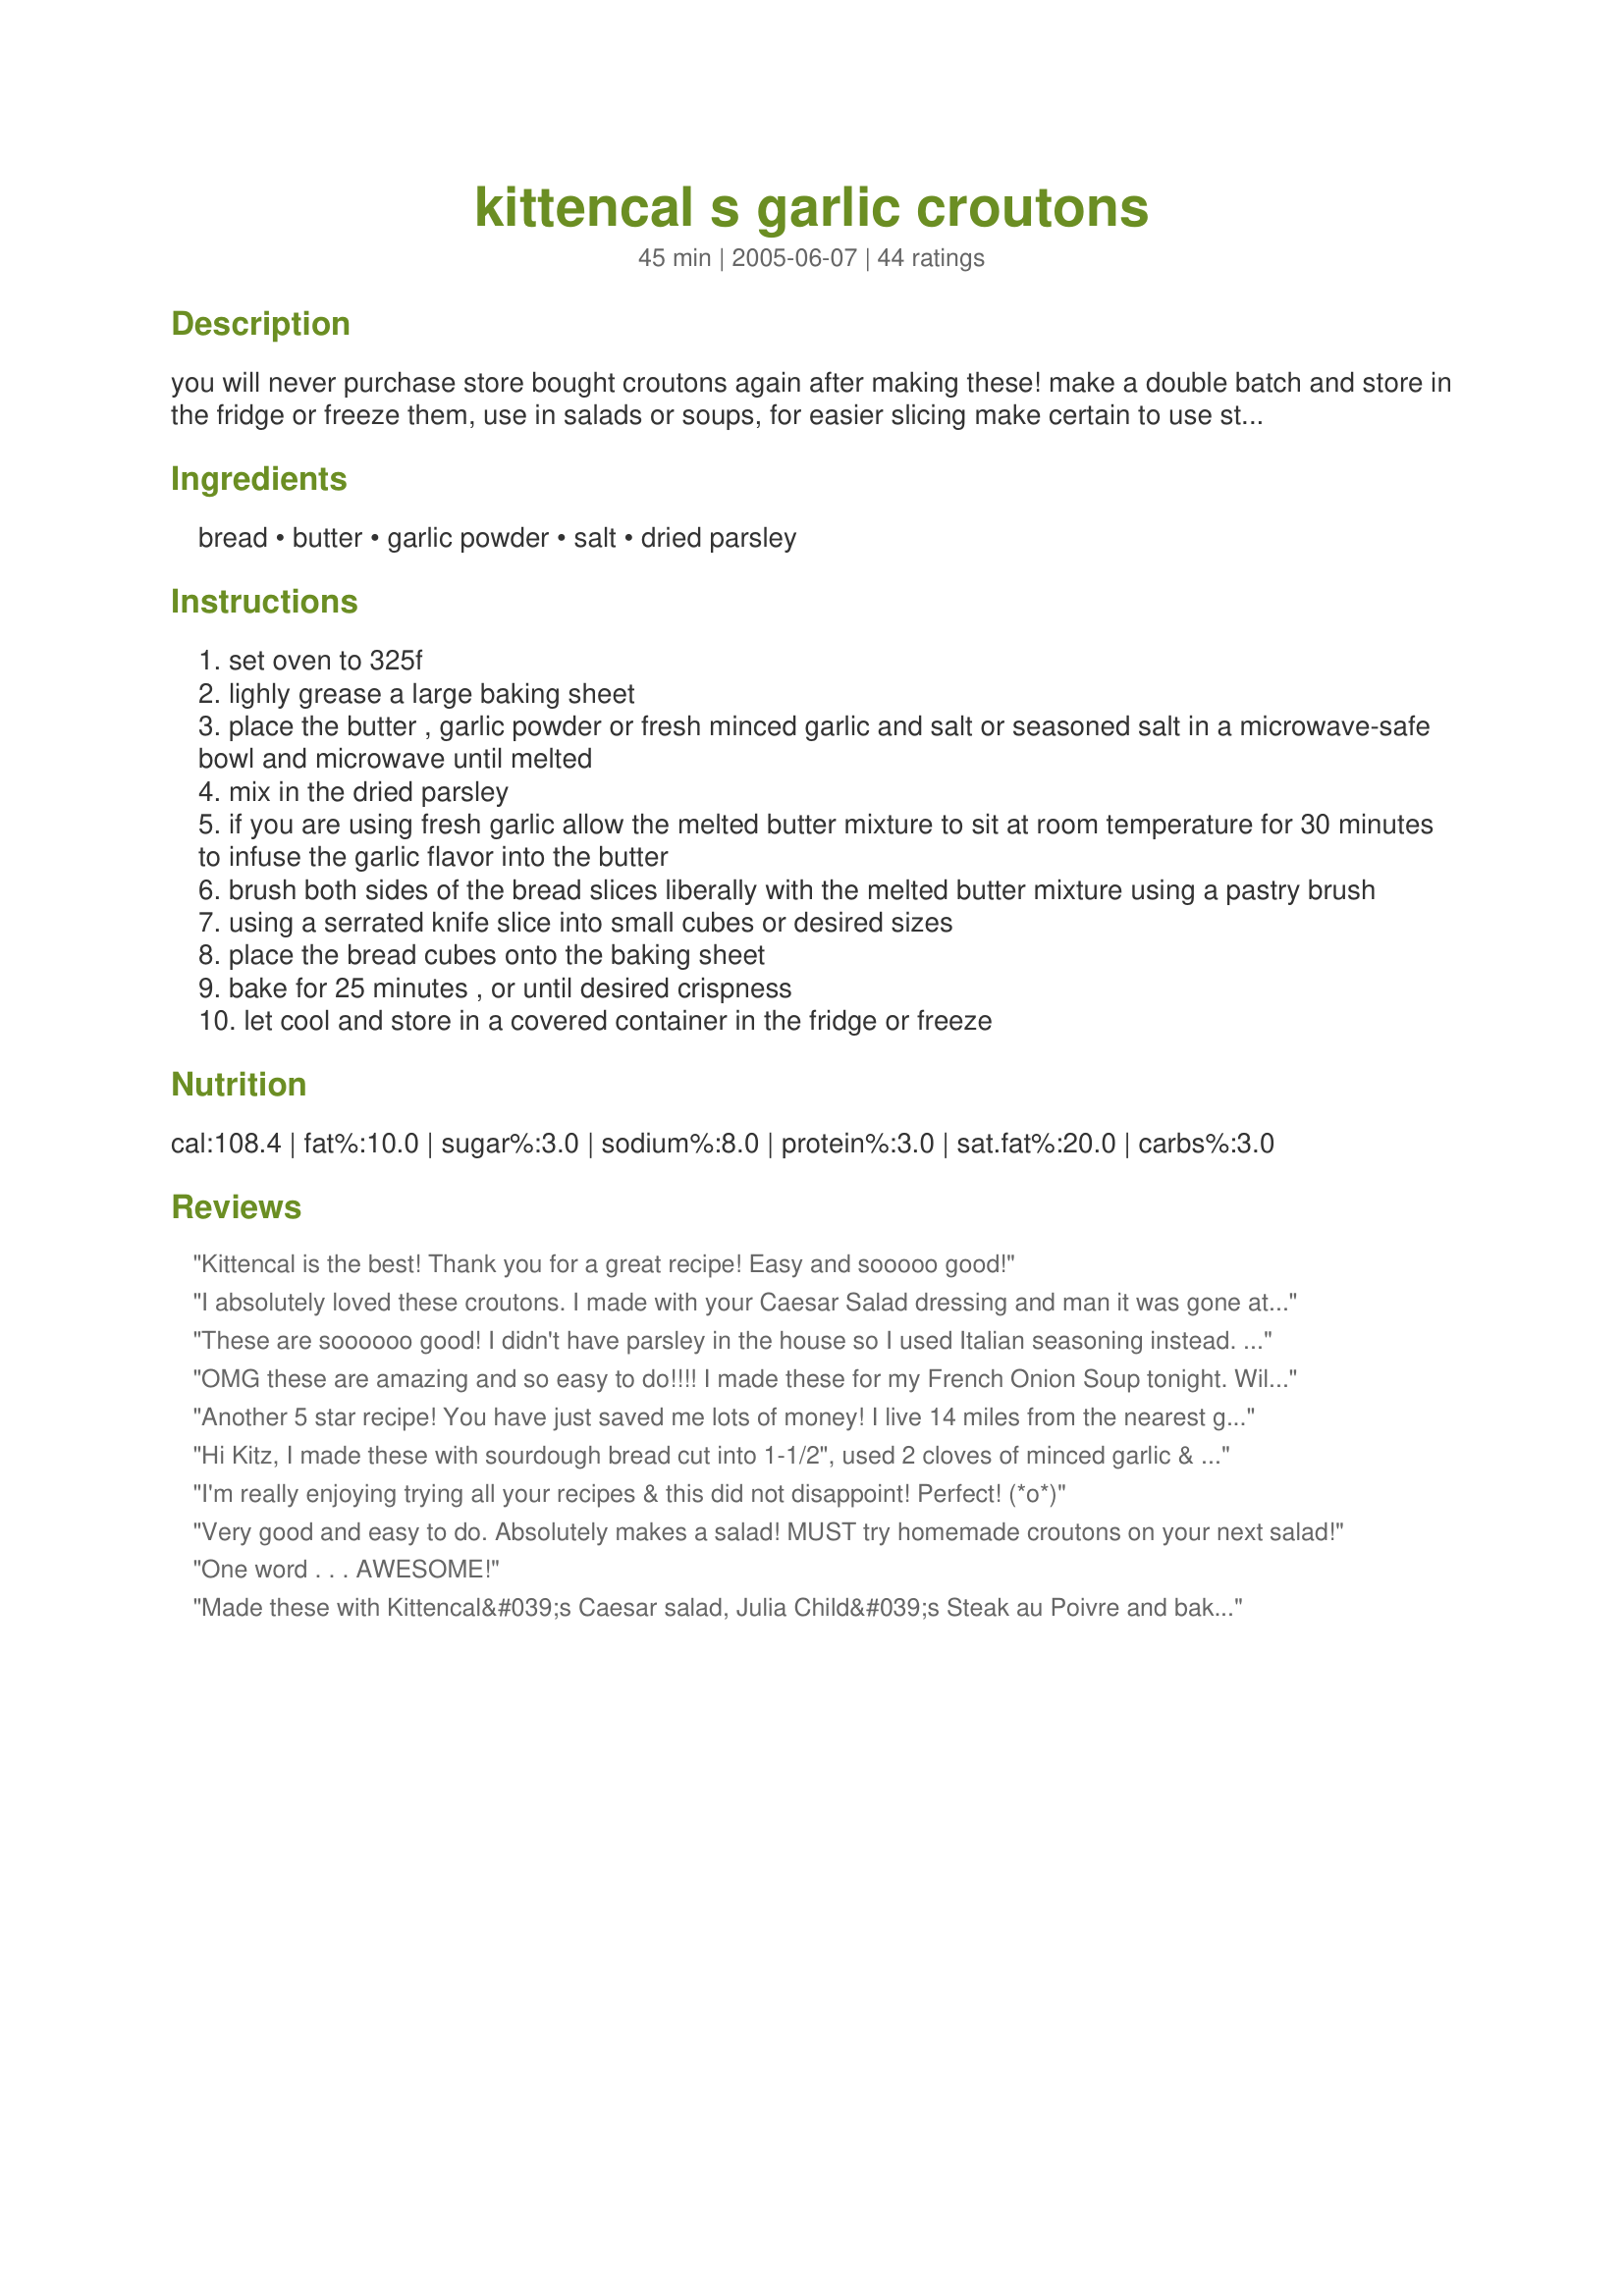
kittencal s garlic croutons
Preparation time: 45 minutes

you will never purchase store bought croutons again after making these! make a double batch and store in the fridge or freeze them, use in salads or soups, for easier slicing make certain to use stale bread, or place your bread in the fridge overnight, for extreme garlic flavor use fresh finely minced garlic and increase to 2 tablespoons, to infuse the flavor into the butter allow the melted butter/garlic mixture to sit for 30 minutes or more at room temperature before brushing on the bread

Ingredients:
bread, butter, garlic powder, salt, dried parsley

Steps:
set oven to 325f
lighly grease a large baking sheet
place the butter , garlic powder or fresh minced garlic and salt or seasoned salt in a microwave-safe bowl and microwave until melted
mix in the dried parsley
if you are using fresh garlic allow the melted butter mixture to sit at room temperature for 30 minutes to infuse the garlic flavor into the butter
brush both sides of the bread slices liberally with the melted butter mixture using a pastry brush
using a serrated knife slice into small cubes or desired sizes
place the bread cubes onto the baking sheet
bake for 25 minutes , or until desired crispness
let cool and store in a covered container in the fridge or freeze

Reviews:
Kittencal is the best! Thank you for a great recipe! Easy and sooooo good!
I absolutely loved these croutons. I made with your Caesar Salad dressing and man it was gone at the party I brought it to. Thanks again for another delish recipe.
These are soooooo good! I didn't have parsley in the house so I used Italian seasoning instead. This was a great way to use up old bread - why waste it when you can turn it into something great. I used Panera's tomato bread which really added to the flavor. Thanks again Kittencal for another great recipe!
OMG these are amazing and so easy to do!!!! I made these for my French Onion Soup tonight. Will be making these again and again. Thanks
Another 5 star recipe! You have just saved me lots of money! I live 14 miles from the nearest grocery so I always buy hamburger and hotdog buns, loaf bread and specialty breads every week or two. Sometime we use them and sometime we don't.....they just mold or dry out and are tossed. I now use your wonderful recipe to make my own croutons! Thanks!!!
Hi Kitz, I made these with sourdough bread cut into 1-1/2", used 2 cloves of minced garlic & fresh parsley ~ had them on hand, so I used them. However, I also added Parmesan cheese to 1/2, and the other half, no cheese. They, as usual with all of your recipes hit the spot! They were so good, that when I finished with one batch, I started making more, they were all eaten up. You'd think that the employees around here, never eat! I serve these in soup, salads, and to munch on, as a side. Thanks Carol for posting this, see you around, Diane :)
I'm really enjoying trying all your recipes & this did not disappoint! Perfect! (*o*)
Very good and easy to do. Absolutely makes a salad! MUST try homemade croutons on your next salad!
One word . . . AWESOME!
Made these with Kittencal&#039;s Caesar salad, Julia Child&#039;s Steak au Poivre and baked potatoes. &lt;br/&gt;Unbelievably easy to make and so yummy!&lt;br/&gt;Update:&lt;br/&gt;I have been using this recipe to make homemade garlic bread to accompany lasagne or pasta by brushing the butter mixture onto bread and baking as instructed. So much better than the frozen, store-bought variety. To gild the lily add mozzarella, parmesan, &amp;/or provolone.
Turned out good. There are easier ways to make crutons though, that give just as much flavor.
You are the recipe Diva! Made the croutons with the rest of a loaf of # 333128 Flax and sunflower bread. To retain the healthy benefits spritz with olive oil, sprinkled on some Italian herb blend. Baked at 350 for about half the time listed and perfecto. Great on salad or soup.
You are so correct - I will never buy croutons again after making these! I did alter the procedure, oh so slightly, and they turned out great. I used thick-sliced bread (Texas toast) with crusts removed, and cut into 1-inch cubes. Melted the butter, garlic powder, and salt in a 12-inch skillet and quickly tossed the bread cubes to coat. Added the parsley flakes, and placed on baking sheet. Stirring once half-way through baking, and they were awesome!
I was just about to buy some croutons for a Cesar Salad and then thought better of it. I used some bread that was a couple of days old and made these instead. Yummo! These are better than anything I could have purchased and so easy! Thanks, Kittencal, for another fantastic and simple recipe!!
This was so good and easy. Thanks Kittencal for another awesome recipe.
Delicious croutons! I made these as directed except that I had about a tablespoon of parmesan left in the refer and added that as well. Very simple and tasty. Thanks Kitten for another winner. Made for Cookbook Tag.
AWESOME!! The amount of butter called for in the recipe, brushed 9-10 slices of bread. (I think I was too generous with my brushing at first!) I added finely chopped fresh rosemary, no parsley, freshly ground black pepper, fresh thyme and garlic (about 4 or 5 cloves) and let sit for the suggested 30 minutes. Had to almost slap my grandkids hands to have enough for your (also awesome) tomato soup! I think real butter is the key to this! Thanks so much for posting!! It will be used over and over again!
Awesome recipe! I used hot dog buns and they turned out great! I actually had to cook them a bit longer using the buns. Also, instead of garlic powder, I used granulated garlic...it was all I had. Delicious! Thanks!
Easy and versatile. I've found 25 minutes to be to long, but I may be cutting my cubes smaller. I've used this several times now and it really comes in handy.
Kitten, these were awesome! I used some left over Challah from my bread machine and just loved these! I'll never have bread being thrown away again!
These were an integral part of recipe #166669 with the dressing from recipe #116849. The entire collection was a colossal hit for Mother's Day. HIGHLY recommended.
These were great. I made them to go with "recipe#116849". My husband and I both agree that this was the best Caesar Salad we've ever had. We used a whole wheat bread that was a new loaf and these turned out fantastic.
So good! So crunchy, with so much flavor!
These were really great. The whole house had the aroma of garlic bread. I will however make them smaller next time as they were quite chewy and not crisp and crunchy which I was after. I served them with my minted lamb chops (recipe #201433) instead of my normal crusty rolls for soaking up the sauce. Didn't get any into the freezer but will be making again ready for our winter soups.
Great croutons! I have never made croutons before but they were really easy to prepare. I followed the directions using fresh garlic. I will definitely make these again. Thank you Kittencal for a great recipe!
Oh how yummy. Made to use in a Caesar salad. Tasted one and it will be hard to stay away and not snack on them.
So simple and easy to make such fresh-tasting croutons. We never use the store-bought variety as they are just too hard. These were crunchy and flavourful, my husband ate many right out of the oven. Perfect companion to your Cesar salad recipe. Thanks for sharing another winner Kittencal!
A good tasting recipe, but I think the cooking temp is too high. My croutons got too brown for the temp and time recommended. I watched them and did stir them occasionally - even turned the temp down to 250 for the last 15 minutes, but they were too brown already by that time. I will make them again, but lower temp to 250 and just bake them longer if needed.
Absolutely wonderful! I used leftover homemade bread and used the "toss" method rather than the pastry brush and they were phenomenal. So easy, and you're right - I'll never buy those hard, store-bought things again!
Great recipe! I used the only bread I had - whole wheat loaf slices. Doubled the amount of fresh garlic too. Delicious!
In spite of all of my mistakes, these turned out insanely good! I used 1/2 of a loaf of rustic sour dough bread that was 4 days old. I used my electric knife and cut them into about 1 inch cubes. I got happy with my knife and cut them into the cubes before brushing on the melted seasoned butter. So, I put them into a large bowl and poured small amounts over the cubes while tossing them and used some of the butter to coat my pan. I also forgot to add the parsley flakes to the melted butter, so I sprinkled that over, along with some coarse ground black pepper. I used 4 cloves of garlic grated with a rasp and Johnny's seasoning salt. I baked them in my roasting pan at 300 F. for about 40 minutes and flipped them in the pan every 15 minuets. (the dog was waiting, but only got 2) They turned out perfect!! So flavorful and crunchy. I will never buy another store bought crouton which are coated with things I cannot even pronounce. Thanks KItten!!
We enjoyed these croutons very much! I prepared them slightly differently than the directions. I melted the butter in a large skillet, adding the spices and parsley. I added the pre-cut bread cubes to the skillet, tossing until coated - spreading onto a large jellyroll pan to bake. Thank you, Kitten!
These croutons are absolutely wonderful! They barely made it onto the Caesar salad, my whole family descended on them like vultures and ate them straight out of the pan (I'll admit, I was right alongside them!). I used fresh garlic, and skipped the parsley, as I used some homemade rosemary salt that was very flavorful. Thank you so much for a total party-in-your-mouth recipe, I'm off to go make them again for a dinner tonight!
Oh my God, these were out of these world. Absolutely divine. I used fresh minced garlic & fresh parsely instead of what the recipe calls for. I will be making these again.
I had some leftover Italian bread from eating out at a restaurant. I didn't want to waste that good bread. These croutons turned out great. I used minced garlic and garlic powder.
Absolutely delicious. I don't normally eat croutons at all but these are different because they are not extremely hard like most of them. I used the seasoning salt and some dried parsley. I kept the crust on a few slices to vary the colour. So yummy tasting and excellent with a few on top of soup. Nice that they could be frozen and taken out as needed. Your right Kitten they have to be watched in the oven, they do cook quickly. Thanks Kitten for sharing your recipe.
Great croutons! I scaled the recipe down and used some stale hot dog buns, fresh garlic and left out the parsley. Stored the rest in the fridge. Thanks for posting!
I will definitely never be buying store-bought croutons again - these are way too good! I ate about half the batch just snacking on them, before I ever got around to putting them on a salad or anything. :D A delicious alternative to chips. I cubed the bread first and then tossed them with melted butter, garlic powder, and some Mrs Dash for a little extra zest. They were amazing!
I'm never buying croutons again. Thank you!!
SO amazing. I used fresh garlic and let it sit like you said, and used sourdough bread. Oh man, I could snack on these ALL day! They didn't take quite as long to cook for me as it stated in the recipe, more like about 15 or so min. Made with Kittencals caeser salad, and man, I will have these 2 recipes in my fridge/pantry at all times =]
Kittencal, you are consistently my favorite cook on Food.com - thanks for this! We used some leftover artisan loaves and they are extraordinary!
Croutons are hard to come by where I live so I knew Kittencal's recipe would be a hit. Tossed these without the parsley; didn't have it, but I am sure it'd add to the eye appeal. Absolutely wonderful. Thanks yet again!
Fabulous, Fabulous, Fabulous! Quick, easy and tasty. Served them on top of Tomato Bisque soup.
I made these terrific croutons with Kittencal's Famous Caesar Salad and will be making them for many future salads! The only thing I did differently was to toss the French bread cubes in the butter mixture after I cut them (didn't read the recipe properly!) and they turned out great. I also cut the breadd a little too big and I will make them smaller next time. Great!
